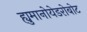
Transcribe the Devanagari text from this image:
ह्युमानोयेडरोबोट